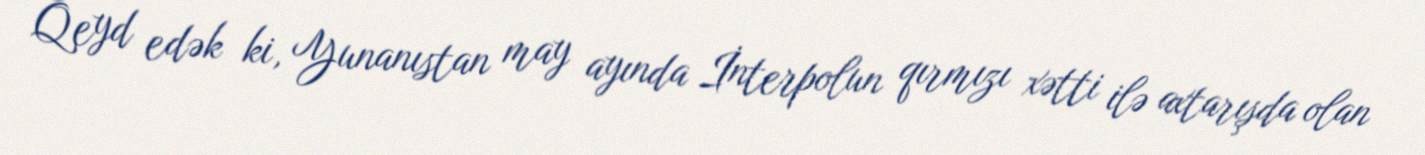
Qeyd edək ki, Yunanıstan may ayında İnterpolun qırmızı xətti ilə axtarışda olan